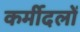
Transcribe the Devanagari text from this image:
कर्मीदलों